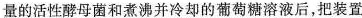
学设计了下面的实验。在装置甲和装置乙中分别加入等